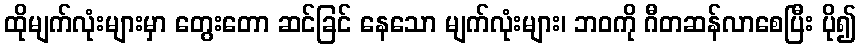
ထိုမျက်လုံးများမှာ တွေးတော ဆင်ခြင် နေသော မျက်လုံးများ၊ ဘဝကို ဂီတဆန်လာစေပြီး ပို၍